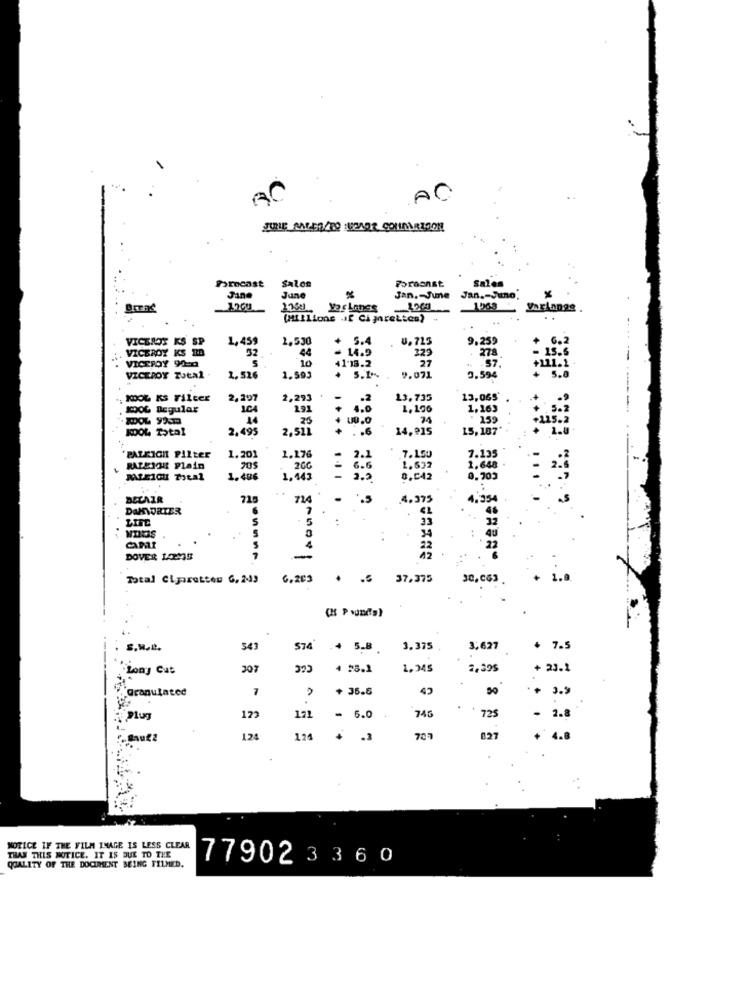
AC
JULIE ANGER/TO WENDT COMPARTOON
Porcast
Salon
Forasnst
Sales
Jan
June
Jan. June Jan .- Juno.
X
Vor Lonss
1200
1563
Varlangs
(Millions .if Cigarettes)
VICEROY KS SP
1,459
1,530
+ 5.4
U. 715
9.259
VICEROY KS RD
- 14.9
323
278
VICEROY 90-0
32
s
10
41'13.2
27
.57.
VICEROY TUEAl
1.526
1.593
+ 5.1%
v.071
3.594
KOOL KS Filter
2,297
2,293
13,735
13,065*
104
191
4.0
1,196
1,163
25
74
159
KOOL Total
2,499
2,511
: . 6
14,915
15,187
1.176
PATRICK PILter
1.201
2.1
.7.100
7.135
RATEJOR Plain
705
6.6
1,622
1.648
1.486
1.443
- 2.2
0,042
BELAIR
714
4.375
DaKWORTER
7
LIFE
5
.5
5
34
Carat
4
DOVER LOUIS
-
Total Ciparetten G, 2443
6.203
37.375
30, 063.
. i.
S.M.D.
543
$74
.4 5.8 .
3.375
3.627
+ 7.5
Ccc
Lony Gut
307
4 35.1
1,345
2,395
+ 23.2
Granulated
7
+ 35.6
171
745
725
123
- 6.0
-
124
124
027
+ 4.8
NOTICE IF THE FILM IMAGE IS LESS CLEAR
THAN THIS NOTICE. IT IS DUE TO THE
77902 3 3 6 0
QUALITY OF THE DOCUMENT BEING FILMED.